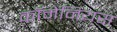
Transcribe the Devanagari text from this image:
कॉमेनियस